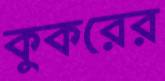
কুকরের